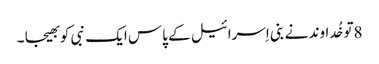
8تو خُداوند نے بنی اِسرائیل کے پاس ایک نبی کو بھیجا ۔